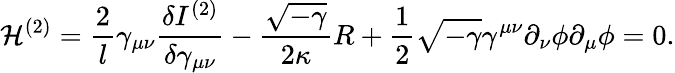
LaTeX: {\cal H}^{(2)}=\frac{2}{l}\gamma_{\mu\nu}\frac{\delta I^{(2)}}{\delta\gamma_{\mu\nu}}-\frac{\sqrt{-\gamma}}{2\kappa}R+\frac{1}{2}\sqrt{-\gamma}\gamma^{\mu\nu}\partial_{\nu}\phi\partial_{\mu}\phi=0.